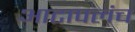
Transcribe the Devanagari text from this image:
आटापलंच